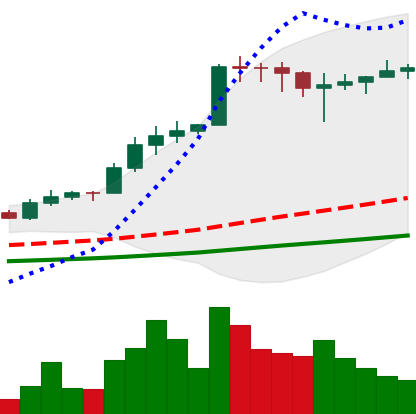
Ticker: ADA-USD
Chart end date: 2021-02-19
Forward return: 13.368%
Label: up_7plus